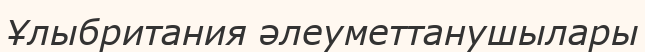
Ұлыбритания әлеуметтанушылары